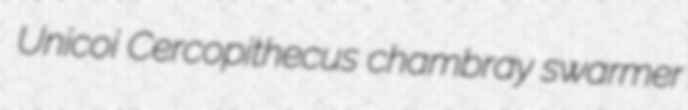
Unicoi Cercopithecus chambray swarmer